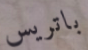
باتريس